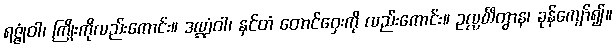
ရဇ္ဇုံဝါ၊ ကြိုးကိုလည်းကောင်း။ ဒဏ္ဍံဝါ၊ နှင်တံ တောင်ဝှေးကို လည်းကောင်း။ ဥလ္လင်္ဃိတွာန၊ ခုန်ကျော်၍။